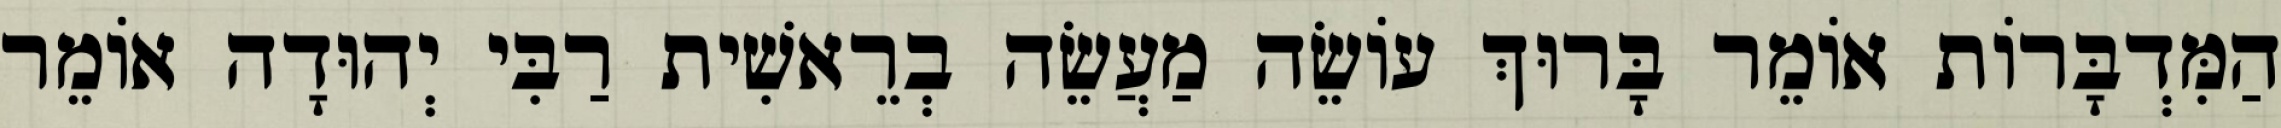
הַמִּדְבָּרוֹת אוֹמֵר בָּרוּךְ עוֹשֵׂה מַעֲשֵׂה בְרֵאשִׁית רַבִּי יְהוּדָה אוֹמֵר